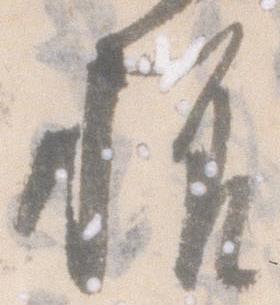
様